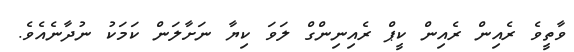
ވާތީވެ ރެއިން ރެއިން ކީޕް ރެއިނިންގް ލަވަ ކިޔާ ނަށާލަން ކަމަކު ނުދާނެއެވެ.